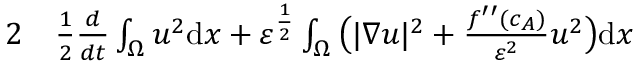
\begin{array} { r l } { { 2 } } & { { } \frac { 1 } { 2 } \frac { d } { d t } \int _ { \Omega } u ^ { 2 } \mathrm { d } x + \ensuremath { \varepsilon } ^ { \frac { 1 } { 2 } } \int _ { \Omega } \big ( | \nabla u | ^ { 2 } + \frac { f ^ { \prime \prime } ( c _ { A } ) } { \ensuremath { \varepsilon } ^ { 2 } } u ^ { 2 } \big ) \mathrm { d } x } \end{array}